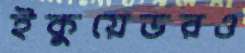
ইকুয়েডরও